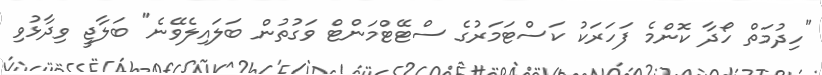
"ހިދުމަތް ހޯދާ ކޮންމެ ފަހަރަކު ކަސްޓަމަރުގެ ސްޓޭޓްމަންޓް ވަގުތުން ބަލައިލެވޭނެ" ބަލާޖީ ވިދާޅުވި